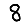
Digit: 8